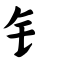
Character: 钅